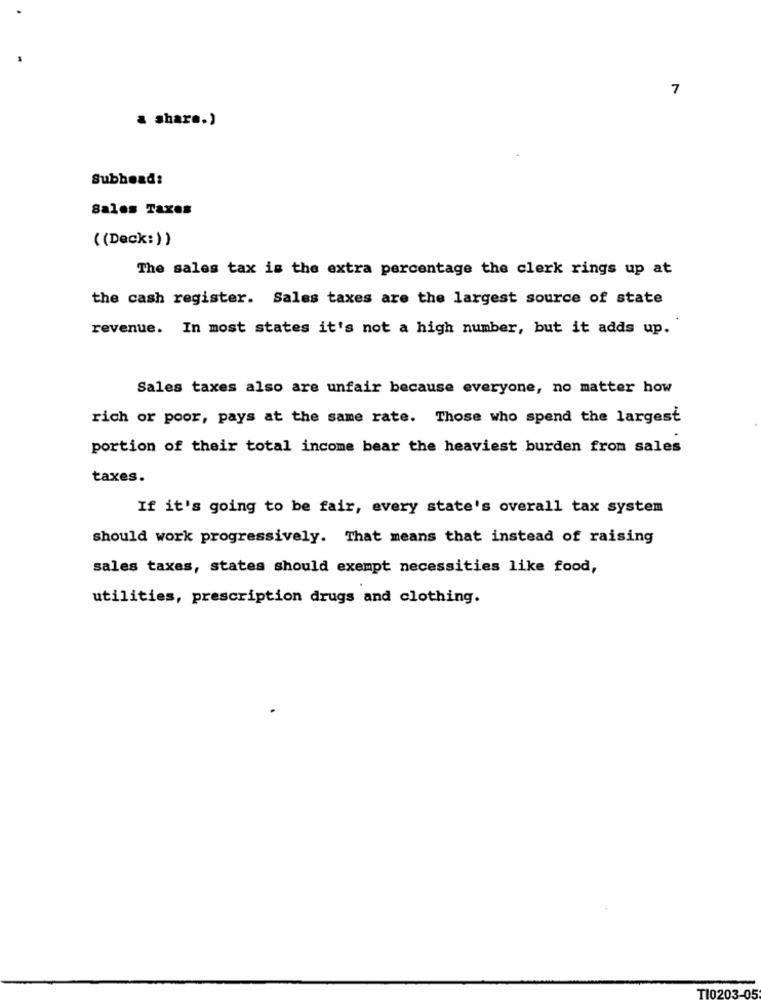
7
a share.)
Subhead:
Sales Taxes
( (Deck:) )
The sales tax is the extra percentage the clerk rings up at
the cash register. Sales taxes are the largest source of state
revenue. In most states it's not a high number, but it adds up.
Sales taxes also are unfair because everyone, no matter how
rich or poor, pays at the same rate. Those who spend the largest
portion of their total income bear the heaviest burden from sales
taxes.
If it's going to be fair, every state's overall tax system
should work progressively. That means that instead of raising
sales taxes, states should exempt necessities like food,
utilities, prescription drugs and clothing.